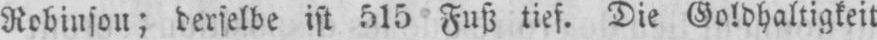
Robinson; derselbe ist 515 Fuß tief. Die Goldhaltigkeit